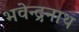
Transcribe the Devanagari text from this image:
भवेन्द्रनाथ